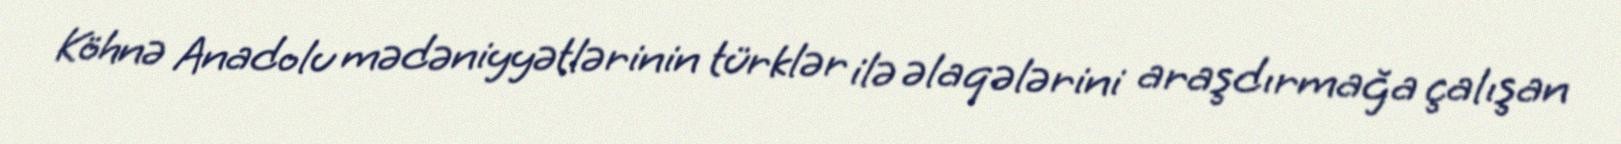
Köhnə Anadolu mədəniyyətlərinin türklər ilə əlaqələrini araşdırmağa çalışan